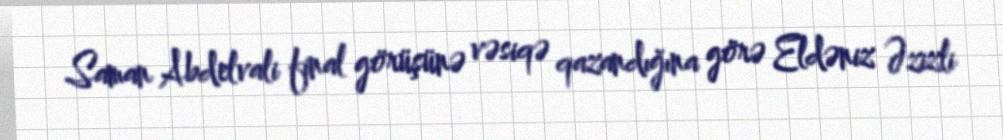
Saman Abdelvali final görüşünə vəsiqə qazandığına görə Eldəniz Əzizli